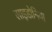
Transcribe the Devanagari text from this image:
साइडोनिया